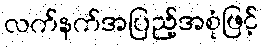
လက်နက်အပြည့်အစုံဖြင့်